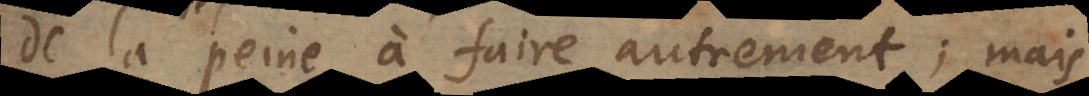
de la peine à faire autrement; mais